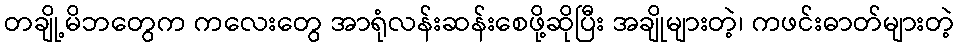
တချို့မိဘတွေက ကလေးတွေ အာရုံလန်းဆန်းစေဖို့ဆိုပြီး အချိုများတဲ့၊ ကဖင်းဓာတ်များတဲ့